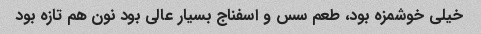
خیلی خوشمزه بود، طعم سس و اسفناج بسیار عالی بود نون هم تازه بود